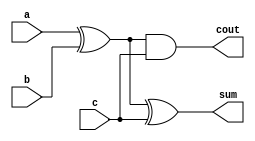
`timescale 1ns/1ns
module sub(a, b, c, cout, sum);


    input a, b, c;
    output cout, sum;
    wire e1, e2, e3;
	assign b =~b ;
	
    assign e1 = a ^ b ;
    assign e2 = a & b ;
    assign e3 = e1 & c ;
    assign cout = e2 | e3 ;
    assign sum = e1 ^ c ;


endmodule